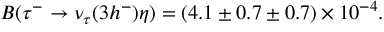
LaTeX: B ( \tau ^ { - } \rightarrow \nu _ { \tau } ( 3 h ^ { - } ) \eta ) = ( 4 . 1 \pm 0 . 7 \pm 0 . 7 ) \times 1 0 ^ { - 4 } .